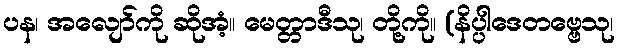
ပန၊ အလျော်ကို ဆိုအံ့။ မေတ္တာဒီသု၊ တို့ကို။ (နိပ္ပါဒေတဗ္ဗေသု၊